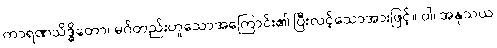
ကာရဏသိဒ္ဓိတော၊ မဂ်တည်းဟူသောအကြောင်း၏ ပြီးလင့်သောအားဖြင့်။ ဝါ၊ အနုသယ